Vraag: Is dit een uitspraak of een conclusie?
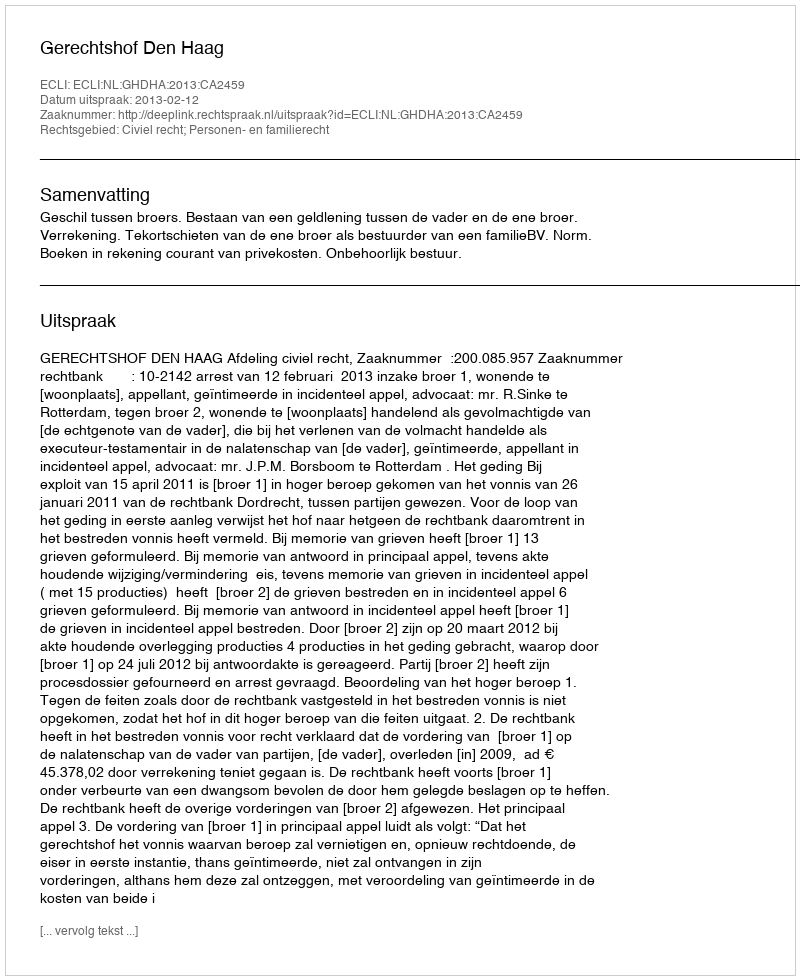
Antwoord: Uitspraak